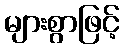
များစွာဖြင့်